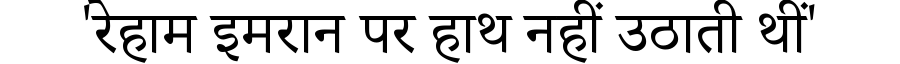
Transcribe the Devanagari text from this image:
'रेहाम इमरान पर हाथ नहीं उठाती थीं'